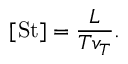
[ \mathrm { S t } ] = \frac { L } { T v _ { T } } .